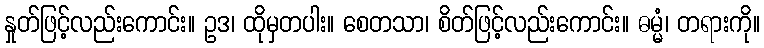
နှုတ်ဖြင့်လည်းကောင်း။ ဥဒ၊ ထိုမှတပါး။ စေတသာ၊ စိတ်ဖြင့်လည်းကောင်း။ ဓမ္မံ၊ တရားကို။